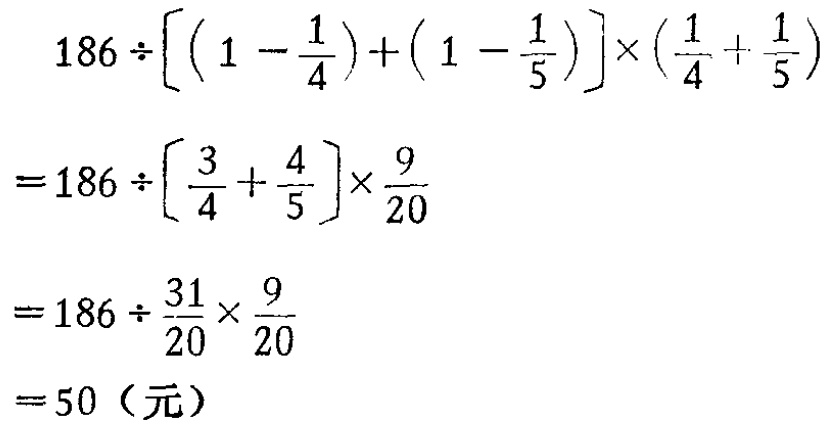
\[

\begin{align*}

&186\div\left[\left(1 - \frac{1}{4}\right)+\left(1 - \frac{1}{5}\right)\right]\times\left(\frac{1}{4} + \frac{1}{5}\right)\\

=&186\div\left[\frac{3}{4} + \frac{4}{5}\right]\times\frac{9}{20}\\

=&186\div\frac{31}{20}\times\frac{9}{20}\\

=&50（元）

\end{align*}

\]